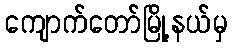
ကျောက်တော်မြို့နယ်မှ